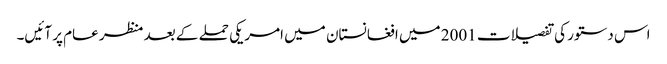
اس دستور کی تفصیلات 2001 میں افغانستان میں امریکی حملے کے بعد منظر عام پر آئیں۔